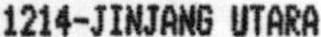
1214-JINJANG UTARA